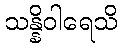
သန္နိဝါရေသိ